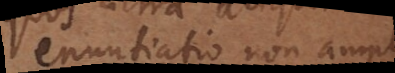
enuntiatio non amplius